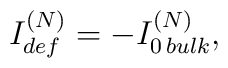
{ I_{def}^{(N)} = -  I_{0\, bulk}^{(N)},}